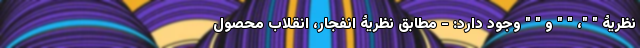
نظریۀ " "، " " و " " وجود دارد: - مطابق نظریۀ انفجار، انقلاب محصول